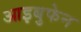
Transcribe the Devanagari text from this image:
आइबुफेन